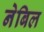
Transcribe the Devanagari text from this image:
नेबिल